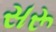
સરૂ